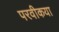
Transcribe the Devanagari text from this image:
परवीकया